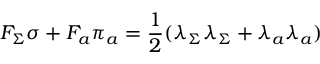
F _ { \Sigma } \sigma + F _ { a } \pi _ { a } = \frac { 1 } { 2 } ( \lambda _ { \Sigma } \lambda _ { \Sigma } + \lambda _ { a } \lambda _ { a } )